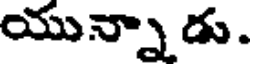
యున్నాడు.